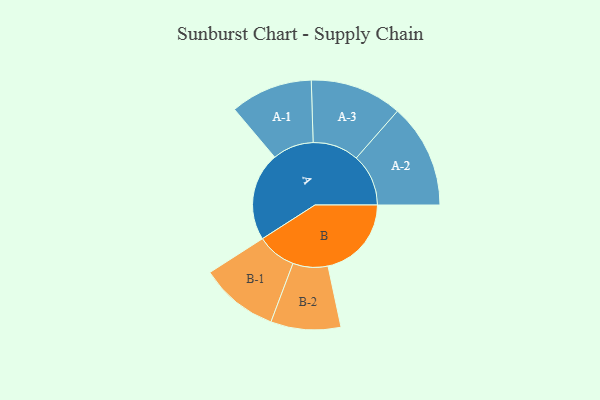
{"axis": {"x": "Segment", "y": "Value"}, "legend": ["", "A", "B"], "data": [{"x": "A", "y": 432, "type": ""}, {"x": "B", "y": 408, "type": ""}, {"x": "A-1", "y": 201, "type": "A"}, {"x": "A-2", "y": 255, "type": "A"}, {"x": "A-3", "y": 225, "type": "A"}, {"x": "B-1", "y": 192, "type": "B"}, {"x": "B-2", "y": 171, "type": "B"}]}